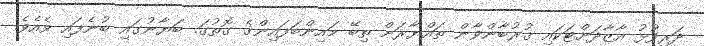
ދަރިފުޅު އާޒާދަށްޓަކައި ޤުރުބާންވާން ތައްޔާރަށް ތިބޭ މައިންބަފައިންގެ ގޮތުގަ. ބަޔާނުގައި ބުނެފައި ވެއެވެ.